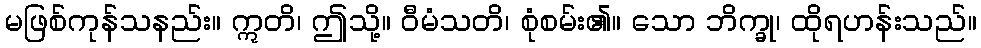
မဖြစ်ကုန်သနည်း။ ဣတိ၊ ဤသို့။ ဝီမံသတိ၊ စုံစမ်း၏။ သော ဘိက္ခု၊ ထိုရဟန်းသည်။